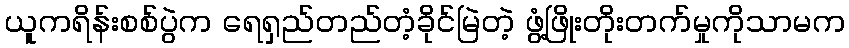
ယူကရိန်းစစ်ပွဲက ရေရှည်တည်တံ့ခိုင်မြဲတဲ့ ဖွံ့ဖြိုးတိုးတက်မှုကိုသာမက